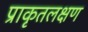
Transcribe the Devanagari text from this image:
प्राकृतलक्षण